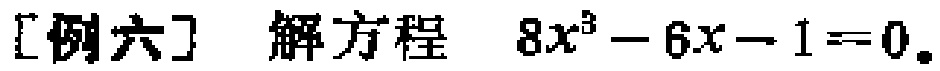
[例六] 解方程 \(8x^{3}-6x - 1 = 0\)。